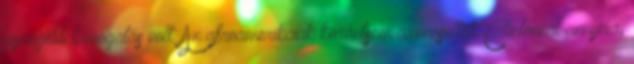
gyengébb támogatás volt. Az afroamerikaiak korántsem azonosultak Clintonnal annyira,